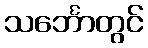
သင်္ဘောတွင်